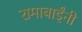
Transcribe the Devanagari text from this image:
रामाबाईंनी